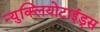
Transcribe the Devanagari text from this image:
न्युक्लियोटाईड्स